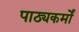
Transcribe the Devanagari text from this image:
पाठ्यकर्मों